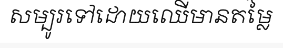
សម្បូរទៅដោយឈើមានតម្លៃ